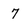
Character: 7